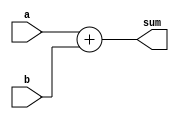
module simple_adder (
    input [31:0] a,      // First Operand
    input [31:0] b,      // Second Operand
    output [31:0] sum    // Sum Output
);

    assign sum = a + b;

endmodule